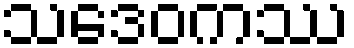
သဒေဝကဿ